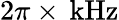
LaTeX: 2\pi\times\, \mathrm{kHz}